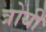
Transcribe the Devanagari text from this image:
त्रोयी